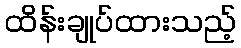
ထိန်းချုပ်ထားသည့်